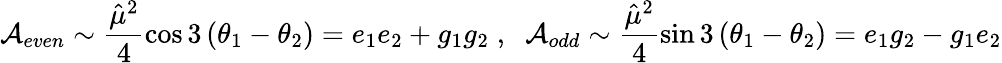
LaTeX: {\cal A}_{even}\sim\frac{{\hat{\mu}}^{2}}4\cos 3\left(\theta_{1}-\theta_{2}\right)=e_{1}e_{2}+g_{1}g_{2}\; ,\; \; {\cal A}_{odd}\sim\frac{{\hat{\mu}}^{2}}4\sin 3\left(\theta_{1}-\theta_{2}\right)=e_{1}g_{2}-g_{1}e_{2}